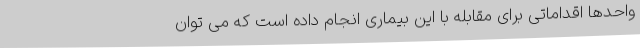
واحدها اقداماتی برای مقابله با این بیماری انجام داده است که می توان